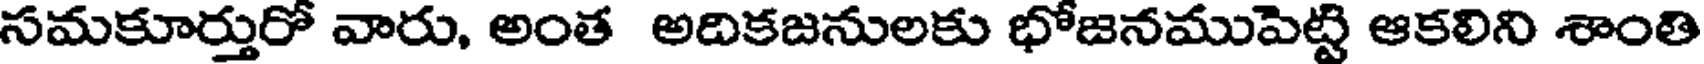
సమకూర్తురో వారు, అంత అదికజనులకు భోజనముపెట్టి ఆకలిని శాంతి